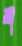
শ